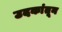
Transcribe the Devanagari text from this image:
उदकांतून